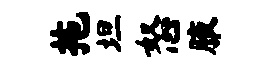
拖坦怒腋